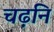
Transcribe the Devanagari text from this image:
चढ़नि